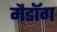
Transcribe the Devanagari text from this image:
मैडॉग